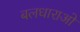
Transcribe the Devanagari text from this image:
बलधाराओं